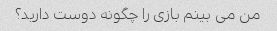
من می بینم بازی را چگونه دوست دارید؟